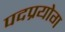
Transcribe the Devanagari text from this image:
पदप्रयोग